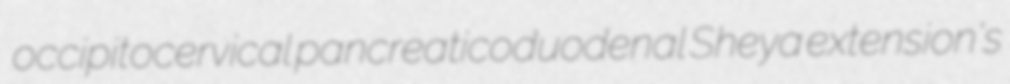
occipitocervical pancreaticoduodenal Sheya extension's